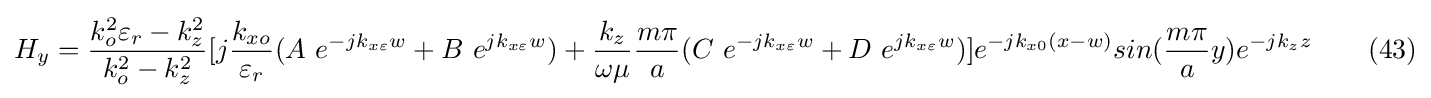
H_{y}={\frac {k_{o}^{2}\varepsilon _{r}-k_{z}^{2}}{k_{o}^{2}-k_{z}^{2}}}[j{\frac {k_{xo}}{\varepsilon _{r}}}(A\ e^{-jk_{x\varepsilon }w}+B\ e^{jk_{x\varepsilon }w})+{\frac {k_{z}}{\omega \mu }}{\frac {m\pi }{a}}(C\ e^{-jk_{x\varepsilon }w}+D\ e^{jk_{x\varepsilon }w})]e^{-jk_{x0}(x-w)}sin({\frac {m\pi }{a}}y)e^{-jk_{z}z}\ \ \ \ \ \ (43)